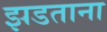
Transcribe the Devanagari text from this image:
झडताना